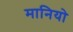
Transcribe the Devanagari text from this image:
मानियो